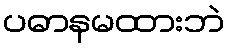
ပဓာနမထားဘဲ